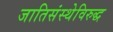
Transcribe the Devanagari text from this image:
जातिसंस्थेविरुद्ध